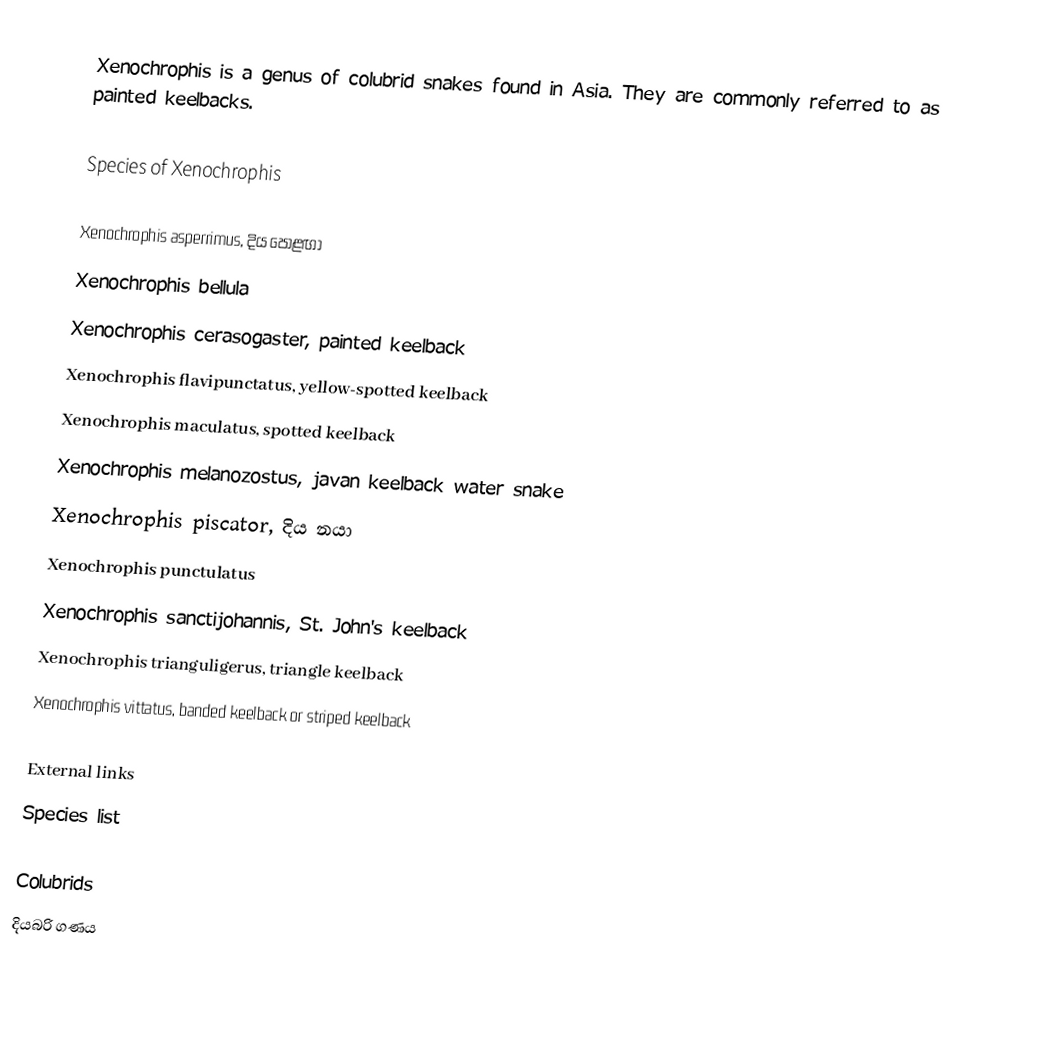
Xenochrophis is a genus of colubrid snakes found in Asia. They are commonly referred to as painted keelbacks.

Species of Xenochrophis

Xenochrophis asperrimus,  දිය පොළඟා
Xenochrophis bellula
Xenochrophis cerasogaster, painted keelback
Xenochrophis flavipunctatus, yellow-spotted keelback
Xenochrophis maculatus, spotted keelback
Xenochrophis melanozostus, javan keelback water snake
Xenochrophis piscator, දිය නයා
Xenochrophis punctulatus
Xenochrophis sanctijohannis, St. John's keelback
Xenochrophis trianguligerus, triangle keelback
Xenochrophis vittatus, banded keelback or striped keelback

External links
 Species list

Colubrids
දියබරි ගණය